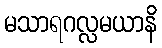
မသာရဂလ္လမယာနိ